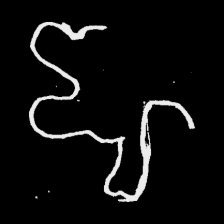
Pyu character \u2014 Myanmar letter: ဈ (romanized: jha)